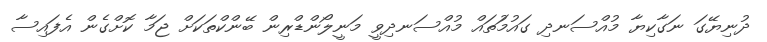
ދުނިޔޭގަ ނަގާކިޔާ މުއްސަނދި ގައުމަުތައް މުއްސަނދިވީ މަނީލޯންޑްރިން ބޭންކްތަކަށް ޖަމާ ކޮށްގެން އެފައިސާ